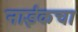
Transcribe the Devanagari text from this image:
नाईकचा